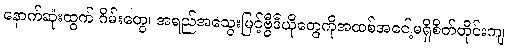
နောက်ဆုံးထွက် ဂိမ်းတွေ၊ အရည်အသွေးမြင့်ဗွီဒီယိုတွေကိုအထစ်အငေါ့မရှိစိတ်တိုင်းကျ